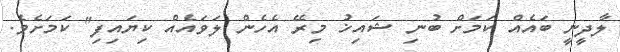
ލާދީނީ ބައެއް ކަމަށް ބުނި ޝައިޚު މިރޭ އެހެން ލަވައެއް ކިޔައިފި" ކަމަށެވެ.